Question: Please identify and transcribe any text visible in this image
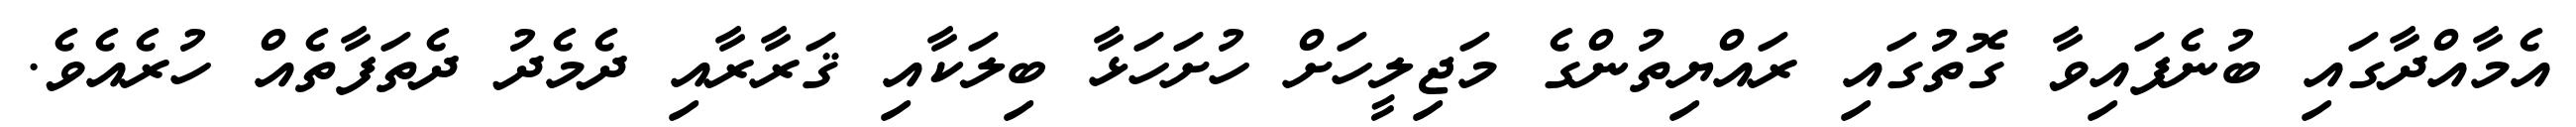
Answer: އެމާއްދާގައި ބުނެފައިވާ ގޮތުގައި ރައްޔިތުންގެ މަޖިލީހަށް ހުށަހަޅާ ބިލަކާއި ޤަރާރާއި ދެމެދު ދެތަފާތެއް ހުރެއެވެ.